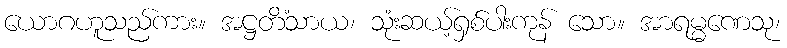
ယောဂဟူသည်ကား။ အဋ္ဌတိံသာယ၊ သုံးဆယ့်ရှစ်ပါးကုန် သော။ အာရမ္မဏေသု၊